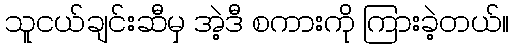
သူငယ်ချင်းဆီမှ အဲ့ဒီ စကားကို ကြားခဲ့တယ်။